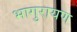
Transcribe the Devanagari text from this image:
भागुरायण